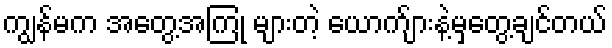
ကျွန်မက အတွေ့အကြုံ များတဲ့ ယောက်ျားနဲ့မှတွေ့ချင်တယ်